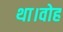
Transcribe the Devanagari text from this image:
था।वोह